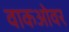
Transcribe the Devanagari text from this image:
वाकओवर